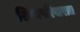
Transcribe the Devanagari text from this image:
शिष्यपरिवारात